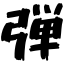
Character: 弾